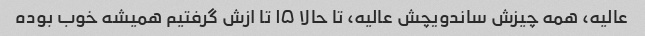
عالیه، همه چیزش ساندویچش عالیه، تا حالا ۱۵ تا ازش گرفتیم همیشه خوب بوده